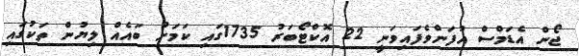
ޖޯން އެޑަމްސް އުފަންވެފައިވަނީ 22 އޮކްޓޯބަރު 1735ގައި ކަމަށް ބައެއް ލިޔުން ތަކުގައި